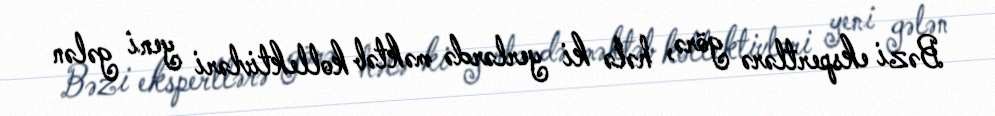
Bəzi ekspertlərə görə, hələ ki yerlərdə məktəb kollektivləri yeni gələn